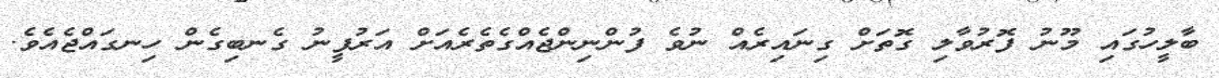
ބާލީހުގައި މޫނު ފޮރުވާލި ގޮތަށް ގިނައިރެއް ނުވެ ފުންނިންޖެއްގެތެރެއަށް އަރުފީނު ގެނބިގެން ހިނގައްޖެއެވެ.